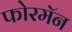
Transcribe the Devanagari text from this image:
फोरमॅन